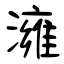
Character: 澭